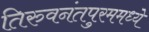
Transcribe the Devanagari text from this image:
तिरुवनंतपुरममध्ये